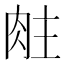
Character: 𬚶